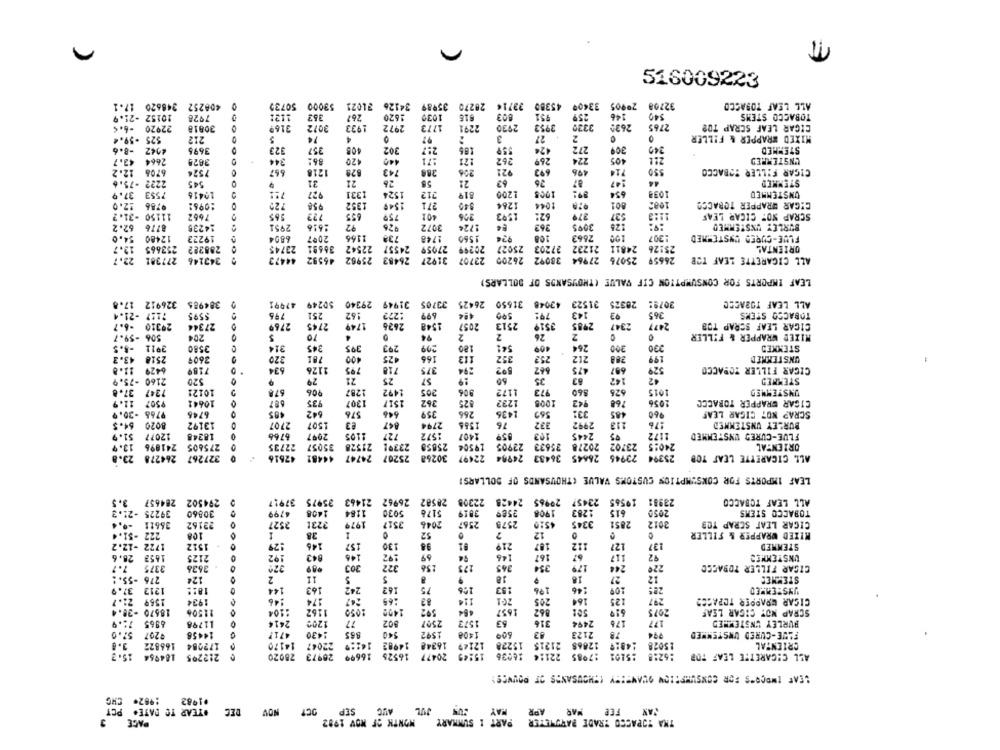
516009223
17.1
408252 348620
50732
53000
35989 34126 31021
28270
33714
45380
33400
32708 20905
ALL LEAF TOBACCO
10152 -21.9
7928
267
1620
1039
259
146
TOBACCO STEMS
-6.$
22920
20818
0
3169
3072
1933
2972
1773
2291
2930
3953
3330
2622
2765
CIGAR LEAF SCRAP TOP
MIXED WRAPPER & FILLER
525 -59.4
212
74
4
97
3
27
2
-8.6
3695
323
357
302
2:7
424
272
309
340
STEMMED
344
:71
269
405
UNSTENRED
43.7
2664
3625
120
440
262
224
12.2
6708
7526
667
1218
743
388
921
693
496
714
550
CIGAR FILLER TOBACCO
21
26
21
63
26
87
147
44
-75.6
2222
545
31
56
654
STEMMED
37.9
7553
10416
O
927
1331
1524
712
819
1200
1005
1039
UNSTENMED
12.0
727
1352
1549
271
1264
3044
801
1082
CIGAR WRAPPER TOBACCO
9786
:0961
958
-31.2
11150
7662
O
565
772
655
759
306
1593
$2:
279
627
11:3
SCRAP NO: CICAR LEAF
8776
14235
2951
92
926
TO
3072
1724
363
3075
125
BURLEY UNSTENMED
52.2
1616
54.0
12480
19223
6894
2007
1166
73ª
1748
1560
92€
2663
100
+307
FLUE-CURED UNSTERMED
12.7
253665
288282
23745
36691
22542
24557
27059
20299
25027
27203
21222
24811
25126
ORIENTAL
22.7
277381
343146
44473
46592
25962
26483
31927
38092 26200 23707
27964
25076
26659
ALL CIGARETTE LEAF TOB
LEAF IMPORTS FOR CONSUMPTION CIF VALUE (THOUSANDS OF DOLLARS)
17.8
384985 326912
47991
50249
29340
31949
26425 33705
31650
42048
31523
20325
3079:
ALL LEAF TOBACCO
-21.4
$595
795
251
162
:272
699
424
590
79%
143
365
TOBACCO STENS
-6.7
2626
2513
2985
CIGAR LEAF SCRAP TOB
29310
27344
2769
2745
1749
1548
2057
3519
2347
2477
506 -59.7
204
70
4
94
2
2
26
2
MIXED WRAPPER & FILLER
O
-4.5
2911
3580
314
345
395
293
209
120
541
409
26€
STEMMED
43.3
2518
2609
320
781
400
425
166
113
352
252
212
288
199
UNSTERNED
11.8
6429
7189
634
1126
795
718
375
294
562
687
529
CIGAR FILLER TOPACCO
21
475
-75.9
2160
$20
29
25
57
19
60
35
63
142
42
STEMMED
37.8
1247
10121
678
706
1287
1492
205
806
1172
973
860
625
1015
UNSTENMED
C
11.9
₹507
10641
935
1307
1517
362
#25
1232
1008
942
768
1056
CIGAR GRAPPER TORACCC
-30.9
6745
642
576
646
359
266
1436
569
33:
485
SCRAP NOT CIGAR LEAF
54.5
8020
13192
2707
1507
e3
847
2794
1385
76
332
2992
113
176
BURLEY UNSTENNED
51.9
12077
18248
6766
2097
1105
727
:572
1407
103
2445
1172
FLUE-CURED UNSTEMMED
13.9
241896
275605
22735
35057
21528
2339!
25659
19504
22905
35633
20278
23702
24055
ORIENTAL
23.8
264278
327267
47616
44481
74747
25207
30268
36433 24904 22497
23945 26445
25394
ALL CIGARETTE LEAF TOB
LEAF IMPORTS FOR CONSUMPTION CUSTOMS VALUE (THOUSANDS OF DOLLARS!
284657 3.5
294502
35975 37917
21463
26962
28582
22308
24428
29965
23457
19565
23981
ALL LEAF TOBACCO
5030
5176
1283
TOBACCO STEMS
39225 -21.3
30860
6799
1184
3019
1908
615
2054
-0. 4
36611
23162
3731
1979
3517
2046
2567
2575
4520
3345
2851
2012
CIGAR LEAF SCRAP TOS
222 -$1.4
108
1
38
1
52
12
MIXED WRAPPER & FILLER
1722 -12.2
1512
129
145
157
130
98
219
187
112
127
137
STEMMED
28.6
1653
2125
192
943
146
192
69
146
167
67
117
92
UNSTEMMER
94
7.7
3375
3635
32%
322
158
175
365
54
170
244
220
CIGAR FILLER TOBACCO
-5s .:
275
124
2
COC
5
18
18
27
12
STEMMES
37.9
1212
18:2
144
163
242
162
75
153
1%
146
1569 21.7
1934
:46
174
247
:65
114
205
164
125
297
CICAR WRAPPER TOPACCO
484
862
18670 -30.4
21506
#104
1162
1050
1400
392
1657
619
2075
SCRAP NOT CIGAR LEAF
11.9
6965
11798
120%
17
802
2507
1572
63
316
2494
176
177
BURLEY UNSTEMMED
57.0
₹207
14456
4717
.430
885
540
1592
1408
60º
83
2123
78
794
FLUE-CURED UNSTENMED
166822
172284
14170
22047
14 ::
14982
16248
12149
15228
21215
12868
15028
CRIENTAL
16525 16699
20477
22114
:6218
ALL CIGARETTE LEAF TOR
15.3
184964
212295
20973 28020
15:49
16036
17985
:5101
SEAF IMOCO"S FOR CONSUMPTION QUANTITY (THOUSANDS OF POUVCS!
:962. CHC
.1982
JUL AUC SEP OCT NOV DEC #TEAR TO DATE. PCT
MAY
APR
MAR
FER
3
PAGE
MONTH OF MOV 1982
PART 1 SUMMARY
THA TOPACCO TRADE BARUHETER